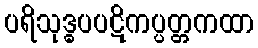
ပရိသုဒ္ဓပပဋိကပ္ပတ္တကထာ